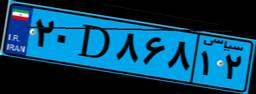
۴۲D۱۹۷۶۷